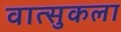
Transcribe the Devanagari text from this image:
वात्सुकला